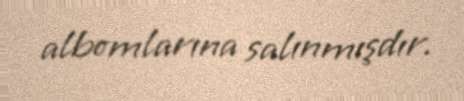
albomlarına salınmışdır.